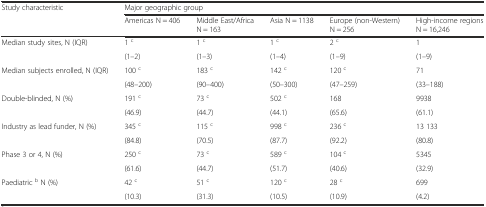
| <ROWSPAN=2> Study characteristic | <COLSPAN=5> Major geographic group |
 | Americas N = 406 | Middle East/Africa N = 163 | Asia N = 1138 | Europe (non-Western) N = 256 | High-income regions N = 16,246 |
 | --- | --- | --- | --- | --- | --- |
 | <ROWSPAN=2> Median study sites, N (IQR) | 1 c | 1 c | 1 c | 2 c | 1 |
 | (1–2) | (1–3) | (1–4) | (1–9) | (1–9) |
 | <ROWSPAN=2> Median subjects enrolled, N (IQR) | 100 c | 183 c | 142 c | 120 c | 71 |
 | (48–200) | (90–400) | (50–300) | (47–259) | (33–188) |
 | <ROWSPAN=2> Double-blinded, N (%) | 191 c | 73 c | 502 c | 168 | 9938 |
 | (46.9) | (44.7) | (44.1) | (65.6) | (61.1) |
 | <ROWSPAN=2> Industry as lead funder, N (%) | 345 c | 115 c | 998 c | 236 c | 13 133 |
 | (84.8) | (70.5) | (87.7) | (92.2) | (80.8) |
 | <ROWSPAN=2> Phase 3 or 4, N (%) | 250 c | 73 c | 589 c | 104 c | 5345 |
 | (61.6) | (44.7) | (51.7) | (40.6) | (32.9) |
 | <ROWSPAN=2> Paediatric b N (%) | 42 c | 51 c | 120 c | 28 c | 699 |
 | (10.3) | (31.3) | (10.5) | (10.9) | (4.2) |